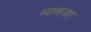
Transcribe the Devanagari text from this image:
व्याखयाएं